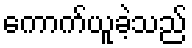
ကောက်ယူခဲ့သည်